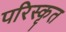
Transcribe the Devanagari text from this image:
परिस्‍कृत